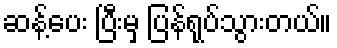
ဆန့်ပေး ပြီးမှ ပြန်ရုပ်သွားတယ်။